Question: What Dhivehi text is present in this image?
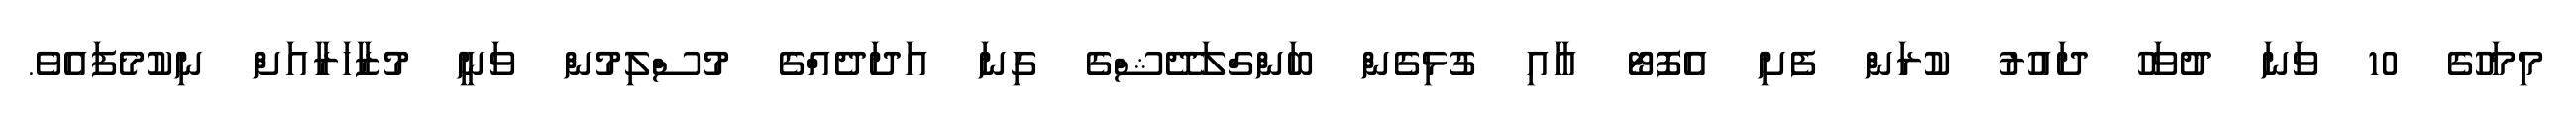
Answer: މިމަހުގެ 10 ވަނަ ދުވަހު ދައުރު ކުރަން ފެށި އެފޮޓޯ އާއި ގުޅިގެން ބަންގްލަދޭޝްގެ ގިނަ އަދަދެއްގެ މުސްލިމުން ވަނީ މުޒާހަރާއަށް ނިކުމެފައެވެ.